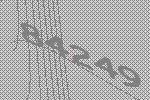
84249